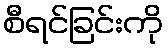
စီရင်ခြင်းကို